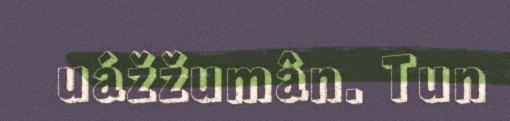
uážžumân. Tun